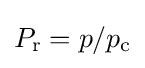
P_{\text{r}}=p/p_{\text{c}}